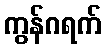
ကွန်ဂရက်